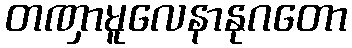
တဏှာမူလေနာနုဂတော